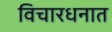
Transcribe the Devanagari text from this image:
विचारधनात